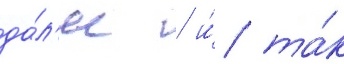
да́л'ее / и́ та́к